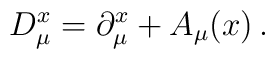
D^x_\mu = \partial^x_\mu + A_\mu(x)  \,.